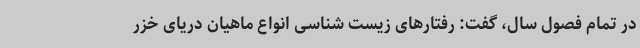
در تمام فصول سال، گفت: رفتارهای زیست شناسی انواع ماهیان دریای خزر